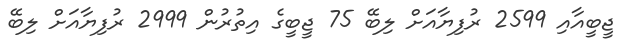
ޖީބީއާއި 2599 ރުފިޔާއަށް ލިބޭ 75 ޖީބީގެ އިތުރުން 2999 ރުފިޔާއަށް ލިބޭ